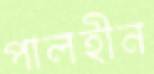
পালহীন